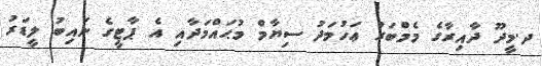
ދ.މީދޫ ދާއިރާގެ މެމްބަރު ޢަހުމަދު ސިޔާމް މުޙައްމަދާއި އެ ޕާޓީގެ ނައިބު ލީޑަރު